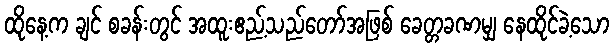
ထိုနေ့က ချင် စခန်းတွင် အထူးဧည့်သည်တော်အဖြစ် ခေတ္တခဏမျှ နေထိုင်ခဲ့သော